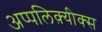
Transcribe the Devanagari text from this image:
अप्पलिक़्यीक्स